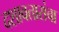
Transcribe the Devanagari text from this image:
दशावतारांचा